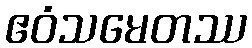
ဧဝံသမေတဿ